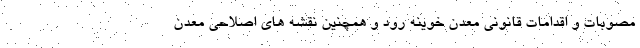
مصوبات و اقدامات قانونی معدن خوینه رود و همچنین نقشه های اصلاحی معدن